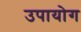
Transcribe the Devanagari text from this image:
उपायोग